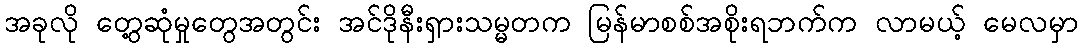
အခုလို တွေ့ဆုံမှုတွေအတွင်း အင်ဒိုနီးရှားသမ္မတက မြန်မာစစ်အစိုးရဘက်က လာမယ့် မေလမှာ